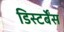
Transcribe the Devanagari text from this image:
डिस्टर्बेंस